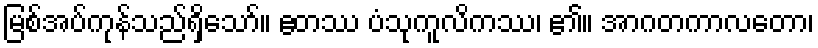
မြစ်အပ်ကုန်သည်ရှိသော်။ ဧတဿ ပံသုကူလိကဿ၊ ၏။ အာဂတကာလတော၊